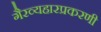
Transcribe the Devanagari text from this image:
गैरव्यहारप्रकरणी